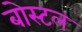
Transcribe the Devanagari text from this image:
बोस्टल